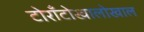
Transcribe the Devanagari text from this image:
टोराँटोखालोखाल